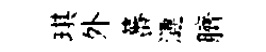
琪外蕃漣臍